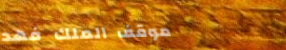
موقف الملك فهد